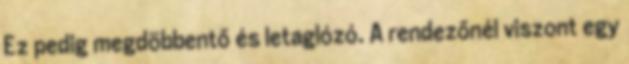
Ez pedig megdöbbentő és letaglózó. A rendezőnél viszont egy